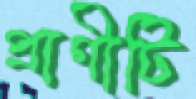
প্রাণীটি